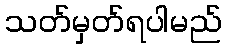
သတ်မှတ်ရပါမည်